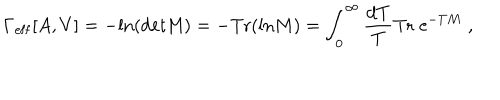
\Gamma _ { \mathrm { e f f } } [ A , V ] = - \mathrm { l n } ( \mathrm { d e t M } ) = - \mathrm { T r } ( \mathrm { l n } M ) = \int _ { 0 } ^ { \infty } { \frac { \mathrm { d } T } { T } } \mathrm { T r } \; \mathrm { e } ^ { - T M } \; ,